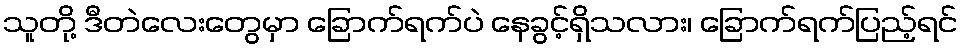
သူတို့ ဒီတဲလေးတွေမှာ ခြောက်ရက်ပဲ နေခွင့်ရှိသလား၊ ခြောက်ရက်ပြည့်ရင်